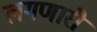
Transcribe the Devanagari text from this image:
लगणारी